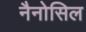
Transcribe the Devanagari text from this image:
नैनोसिल